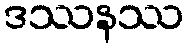
ဒဿနဿ